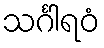
သင်္ဂါရဝံ